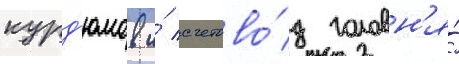
курд'юмов и́ счетово́д головн'я́